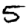
Digit: 5